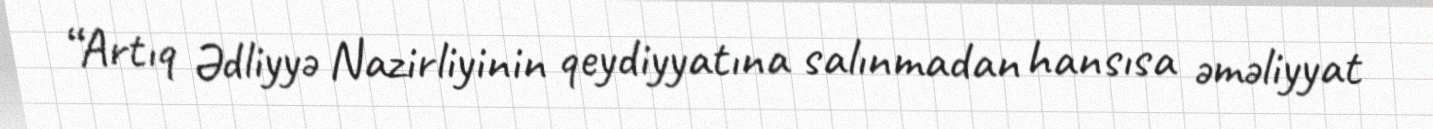
“Artıq Ədliyyə Nazirliyinin qeydiyyatına salınmadan hansısa əməliyyat